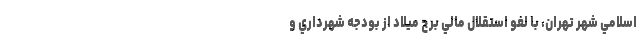
اسلامي شهر تهران، با لغو استقلال مالي برج ميلاد از بودجه شهرداري و